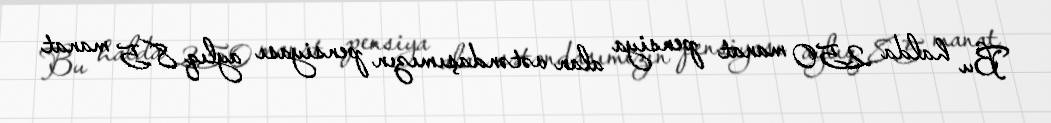
Bu halda 250 manat pensiya alan vətəndaşımızın pensiyası aylıq 8.5 manat